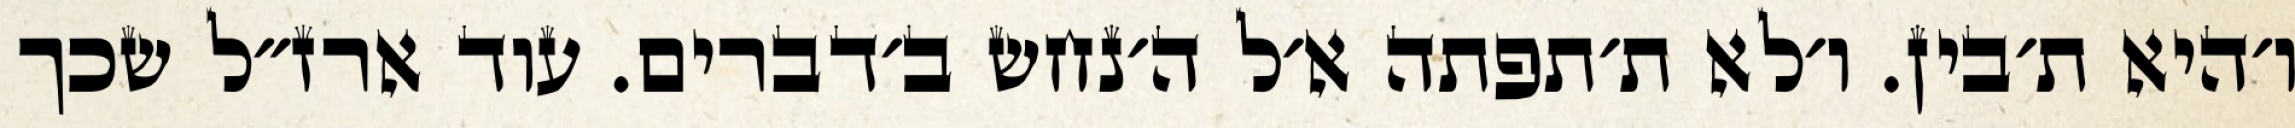
ו׳היא ת׳בין. ו׳לא ת׳תפתה א׳ל ה׳נחש ב׳דברים. עוד ארז״ל שכך